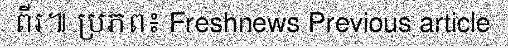
ពីរ៕ ប្រភព៖ Freshnews Previous article